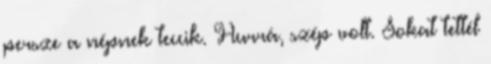
persze a népnek teccik. Hurrá, szép volt. Sokat tettél